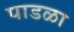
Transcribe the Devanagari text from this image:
पाडळा